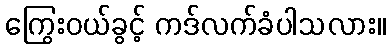
ကြွေးဝယ်ခွင့် ကဒ်လက်ခံပါသလား။